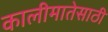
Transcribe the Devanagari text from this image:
कालीमातेसाठी